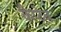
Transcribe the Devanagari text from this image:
कैप्‍टेन